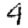
Digit: 4